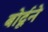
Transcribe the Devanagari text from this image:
बोर्दूने